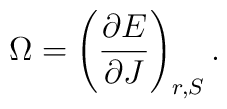
\Omega =\left( \frac{\partial E}{\partial J}\right) _{r,S}.